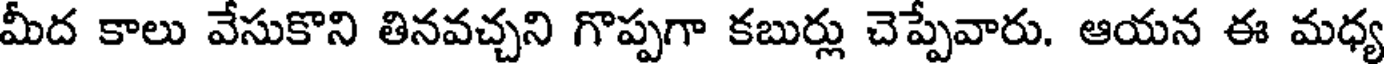
మీద కాలు వేసుకొని తినవచ్చని గొప్పగా కబుర్లు చెప్పేవారు. ఆయన ఈ మధ్య